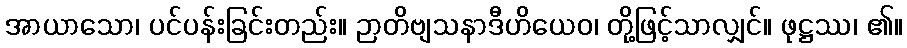
အာယာသော၊ ပင်ပန်းခြင်းတည်း။ ဉာတိဗျသနာဒီဟိယေဝ၊ တို့ဖြင့်သာလျှင်။ ဖုဋ္ဌဿ၊ ၏။